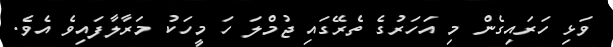
ވަޅި ހަރައިގެން މި އަހަރުގެ ތެރޭގައި ޖުމްލަ ހަ މީހަކު މަރާލާފައިވެ އެވެ.